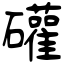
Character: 礶